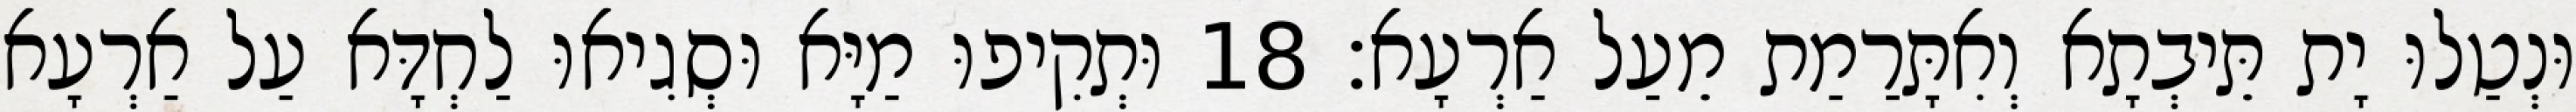
וּנְטַלוּ יָת תֵּיבְתָא וְאִתָּרַמַת מֵעַל אַרְעָא׃ 18 וּתְקִיפוּ מַיָּא וּסְגִיאוּ לַחְדָּא עַל אַרְעָא